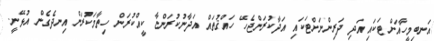
އަނބިމީހާއަށްޓަކައި އަދި ދަރިންނަށްޓަކައި އަދާކުރަންޖެހޭ ހައްޤުތައް އަދާނުކުރަންޏާ ކީއްކުރަން ހިތާމަކުރަން އިނދެގެން އުޅޭނީ.